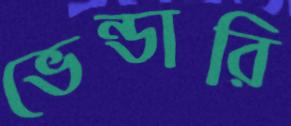
ভেন্ডারি